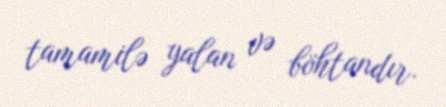
tamamilə yalan və böhtandır.